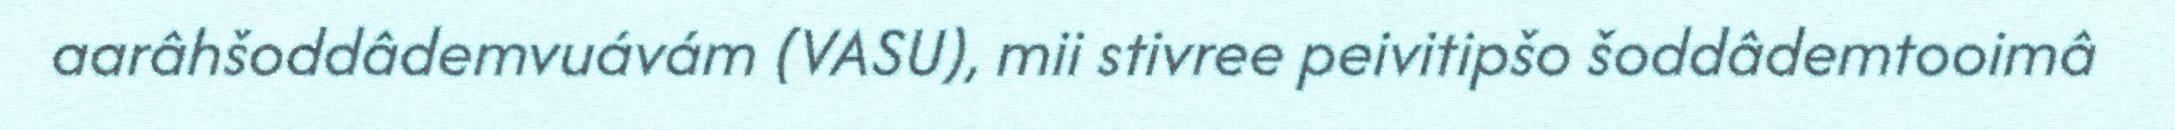
aarâhšoddâdemvuávám (VASU), mii stivree peivitipšo šoddâdemtooimâ